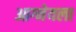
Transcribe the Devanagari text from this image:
आग्नेयला